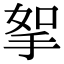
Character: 挐